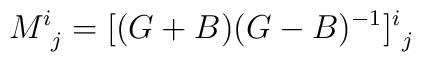
M^i_{\ j}=[(G+B)(G-B)^{-1}]^i_{\ j}